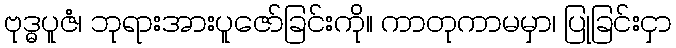
ဗုဒ္ဓပူဇံ၊ ဘုရားအားပူဇော်ခြင်းကို။ ကာတုကာမမှာ၊ ပြုခြင်းငှာ